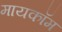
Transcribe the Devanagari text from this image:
मायकॉम